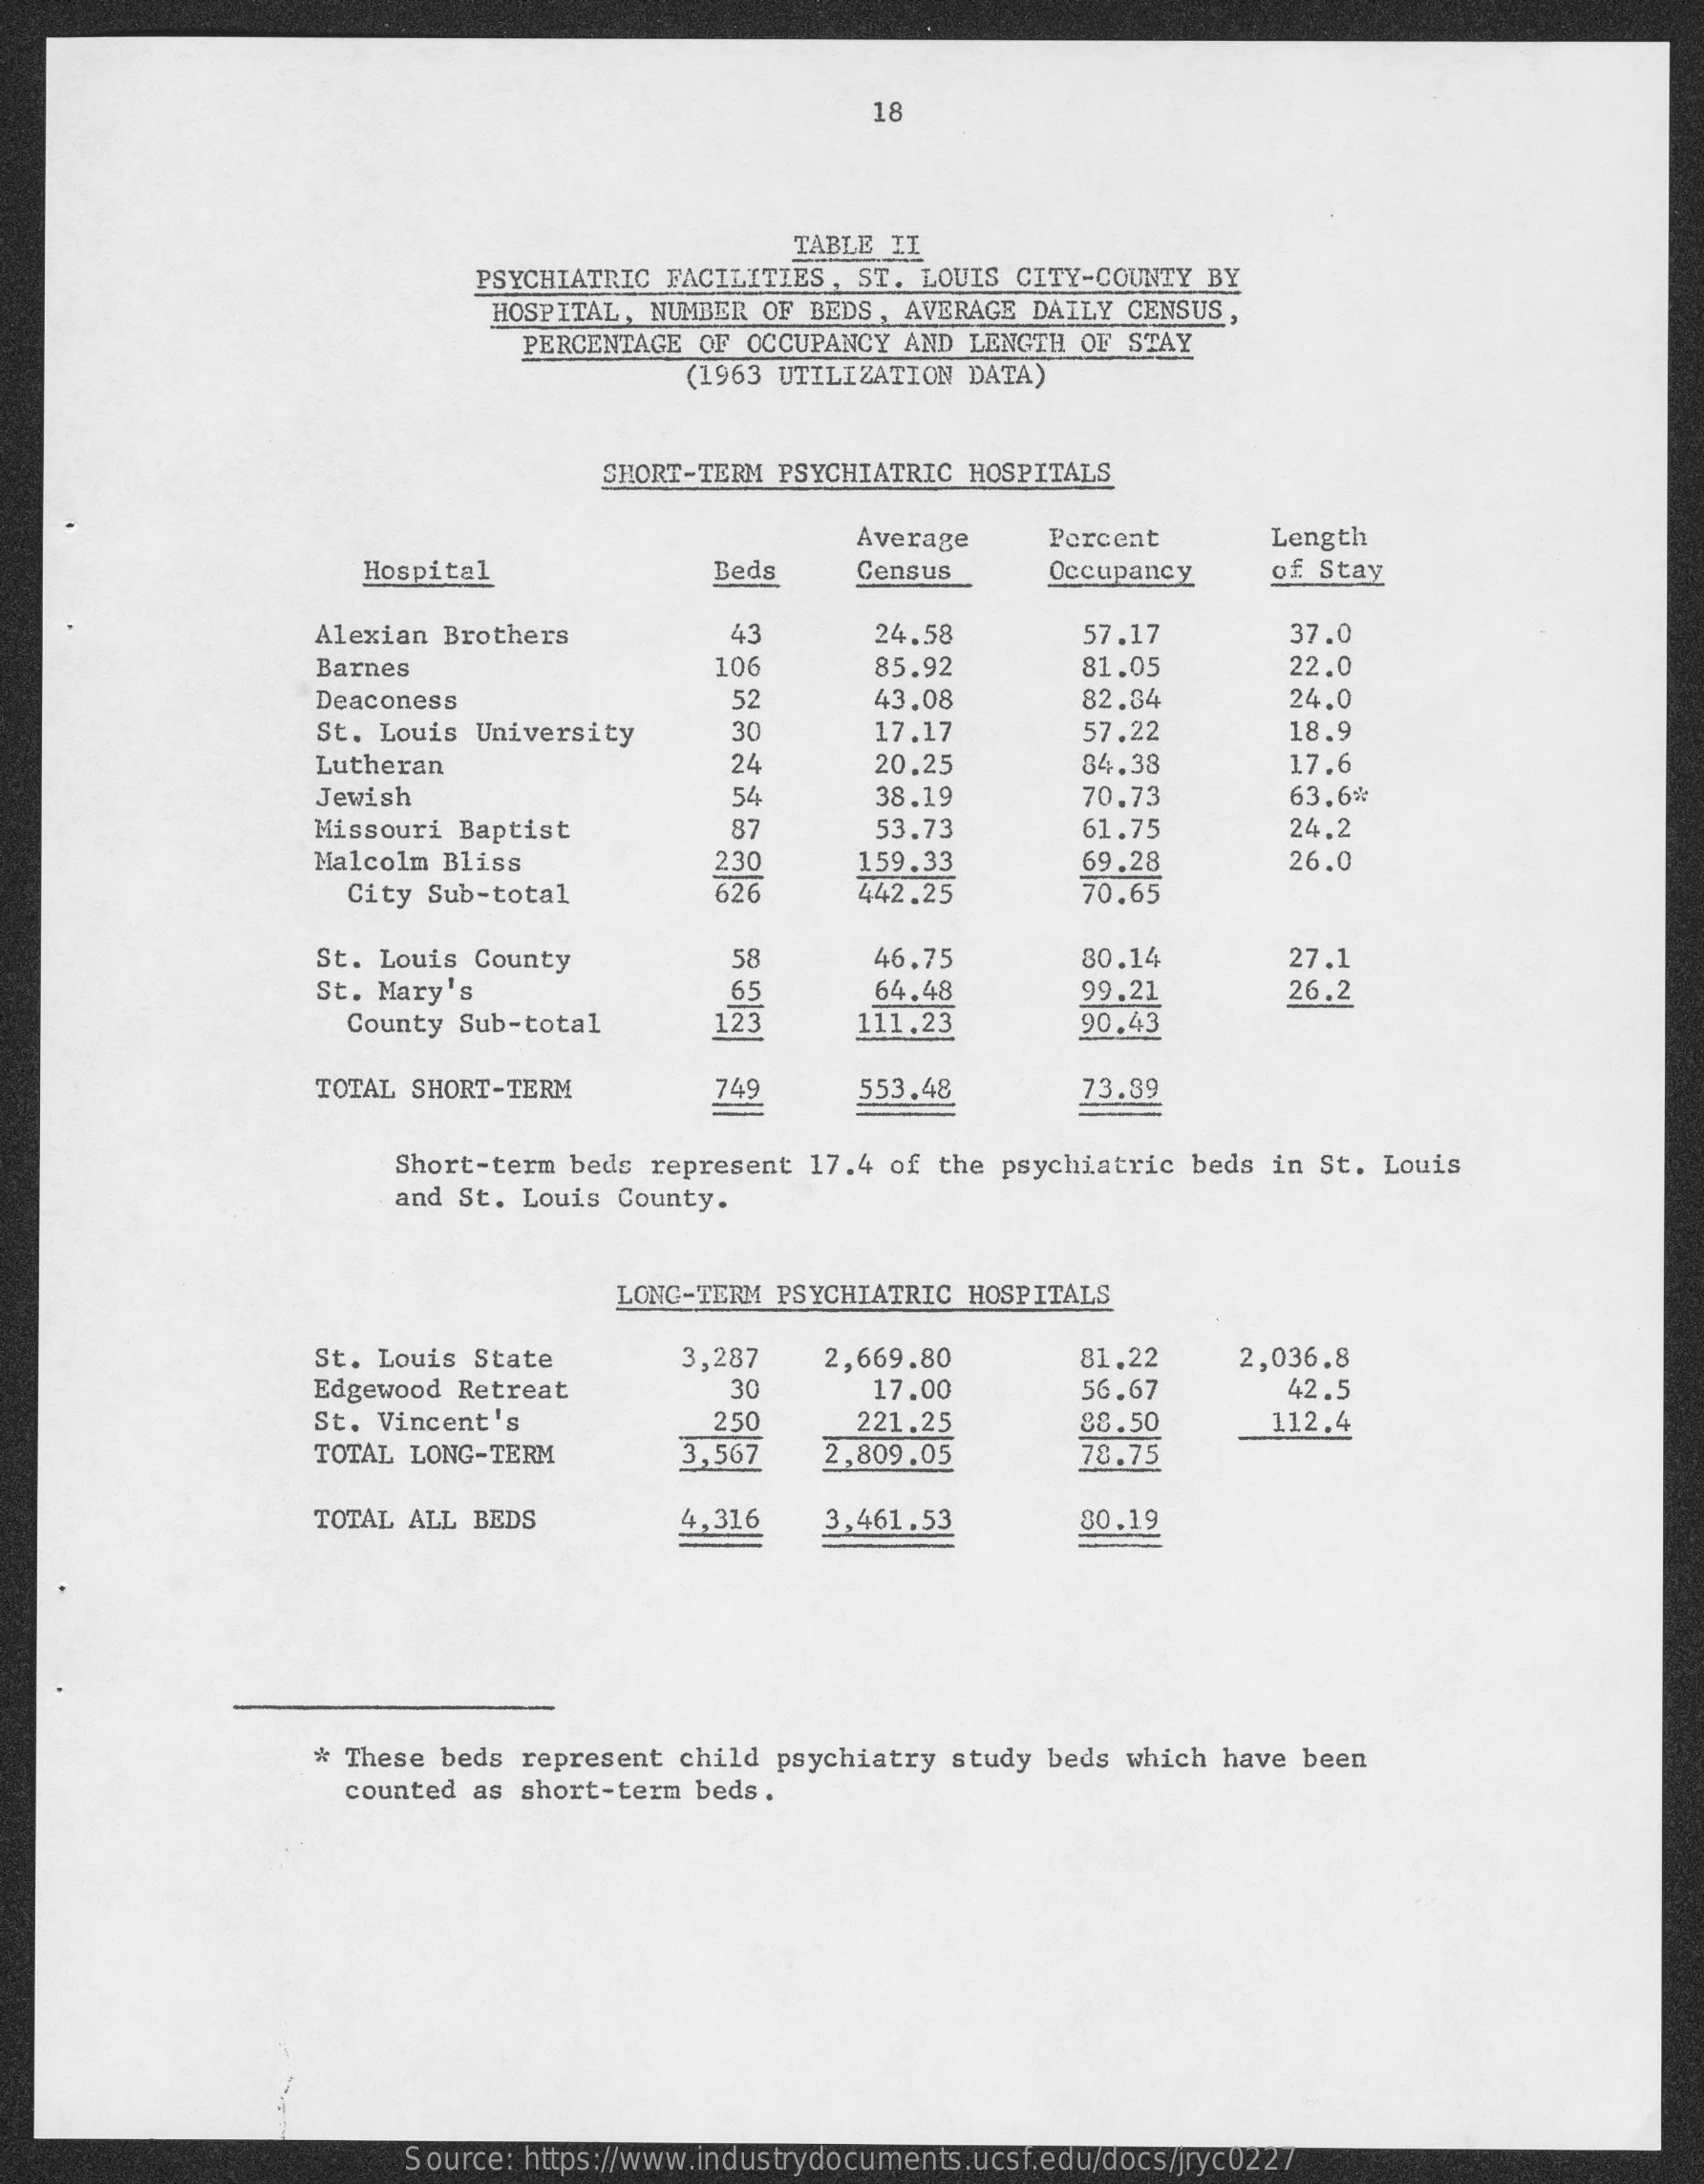
18
     TABLE II
     PSYCHIATRIC FACILITIES,  ST. LOUIS CITY-COUNTY  BY
     HOSPITAL, NUMBER  OF BEDS, AVERAGE DAILY  CENSUS,
     PERCENTAGE OF  OCCUPANCY AND LENGTH  OF STAY
     (1963 UTILIZATION DATA)
     SHORT-TERM  PSYCHIATRIC HOSPITALS
     Average    Percent    Length
     Hospital    Beds    Census    Occupancy    of Stay
     Alexian Brothers    43    24.58    57.17    37.0
     Barnes    106    85.92    81.05    22.0
     Deaconess    52    43.08    82.84    24,0
     St. Louis University    30    17.17    57.22    18.9
     Lutheran    24    20.25    84.38    17.6
     Jewish    54    38.19    70.73    63.6%
     Missouri Baptist    87    53.73    61.75    24.2
     Malcolm Bliss    230    159.33    69.28    26.0
     City Sub-total    626    442.25    70.65
     St. Louis County    58    46.75    80.14    27.1
     St. Mary's    65
     123
     64.48    99.21    26.2
     County Sub-total    111.23    90.43
     TOTAL SHORT-TERM    553.48    73.39
     Short-term beds represent  17.4 of the psychiatric  beds in St. Louis
     and St. Louis  County.
     LONG-TERM  PSYCHIATRIC HOSPITALS
     St. Louis State    3,287    2,669.80    81.22    2,036.8
     Edgewood Retreat    30    17.00    56.67    42.5
     St. Vincent's    250    221.25    112.4
     TOTAL LONG-TERM    3,567    2,809.05
     88.50
     78.75
     TOTAL ALL BEDS    4,316    3,461.53    80.19
     * These beds  represent child psychiatry  study beds  which have been
     counted as  short-term beds .
     Source: https://www.industrydocuments.ucsf.edu/docs/jryc0227